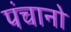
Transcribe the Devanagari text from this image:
पंचानो